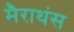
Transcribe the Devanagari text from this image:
मैराथंस